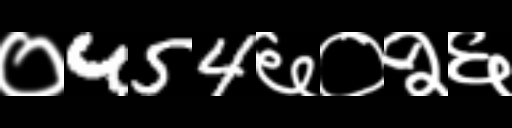
Text: ०454६०२६